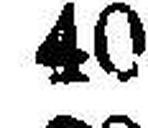
40